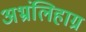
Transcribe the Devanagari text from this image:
अभ्रंलिहाग्र